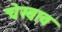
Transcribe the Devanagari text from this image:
चेस्वाव